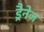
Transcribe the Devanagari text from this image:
ड्रैनेज